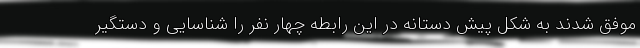
موفق شدند به شکل پیش دستانه در این رابطه چهار نفر را شناسایی و دستگیر